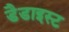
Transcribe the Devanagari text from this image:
डैडाइस्ट